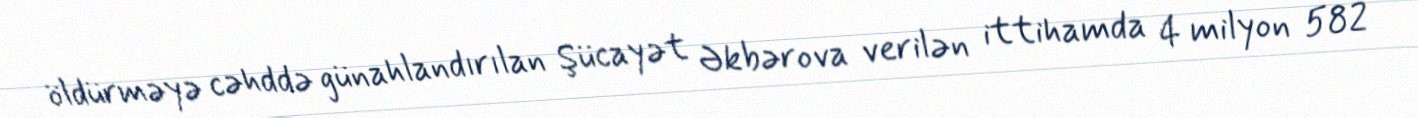
öldürməyə cəhddə günahlandırılan Şücayət Əkbərova verilən ittihamda 4 milyon 582